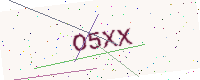
Text: O5XX